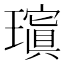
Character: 𱯰